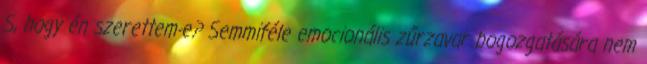
S, hogy én szerettem-e? Semmiféle emocionális zűrzavar bogozgatására nem